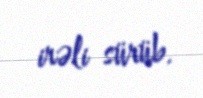
irəli sürüb.